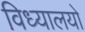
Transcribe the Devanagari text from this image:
विध्यालयो